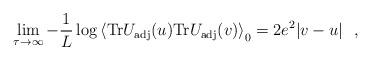
LaTeX: \begin{align*}\lim_{\tau\to\infty} -\frac{1}{L} \log\left<{\rm Tr} U_{\rm adj}(u){\rm Tr} U_{\rm adj}(v)\right>_0=2 e^2 |v-u|\ \ ,\end{align*}